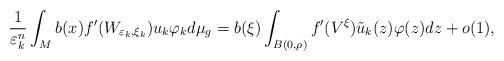
LaTeX: \begin{align*}\frac{1}{\varepsilon_{k}^{n}}\int_{M}b(x)f^{\prime}(W_{\varepsilon_{k},\xi_{k}})u_{k}\varphi_{k}d\mu_{g}=b(\xi)\int_{B(0,\rho)}f^{\prime}(V^{\xi})\tilde{u}_{k}(z)\varphi(z)dz+o(1),\end{align*}